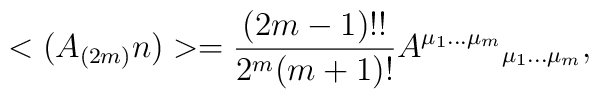
<(A_{(2m)}n)> =  \frac{(2m-1)!!}{2^m(m+1)!}A^{\mu_1\ldots\mu_m}{}_{\mu_1\ldots\mu_m},